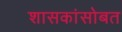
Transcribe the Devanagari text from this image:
शासकांसोबत